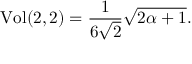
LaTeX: \mathrm { V o l } ( 2 , 2 ) = \frac { 1 } { 6 \sqrt { 2 } } \sqrt { 2 \alpha + 1 } .